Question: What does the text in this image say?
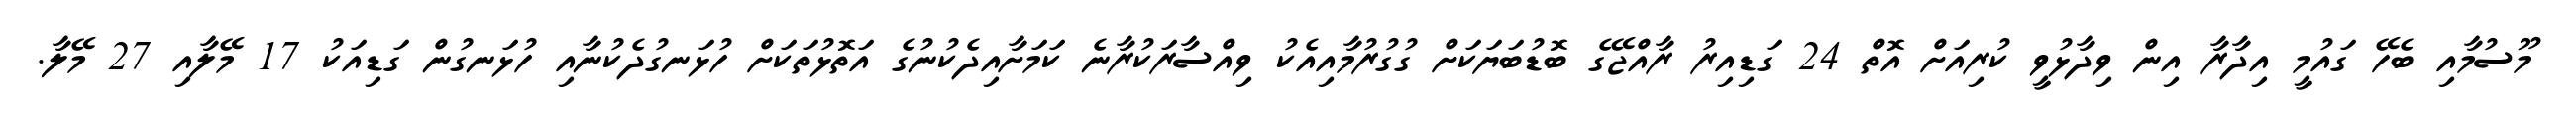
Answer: މޫސުމާއި ބެހޭ ގައުމީ އިދާރާ އިން ވިދާޅުވީ ކުރިއަށް އޮތް 24 ގަޑިއިރު ރާއްޖޭގެ ބޮޑުބަޔަކަށް ގުގުރުމާއިއެކު ވިއްސާރަކުރާނެ ކަމަށާއިދެކުނުގެ އަތޮޅުތަކަށް ހުޅަނގުދެކުނާއި ހުޅަނގުން ގަޑިއަކު 17 މޭލާއި 27 މޭލާ.